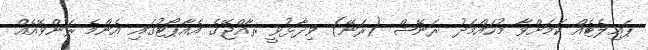
ޕައިލެޓެއް ކަމަށްވާ މުހައްމަދު ރަނޭޝް (ރަނޭ) ވިދާޅުވީ ރާއްޖޭގެ އެއާޕޯޓުގައި އެންމެ ރަންވޭއެއް